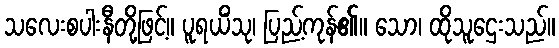
သလေးစပါးနီတို့ဖြင့်။ ပူရယိံသု၊ ပြည့်ကုန်၏။ သော၊ ထိုသူဌေးသည်။